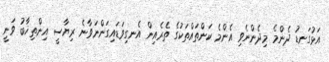
އަޅުގަނޑު ދެންމެ މިދެންނެވި އެންމެ ކަންތައްތަކުގެ ތެރެއިން އެނގިވަޑައިގަންނަވާނެ ރިޔާސީ އިންތިޚާބު ވަނީ